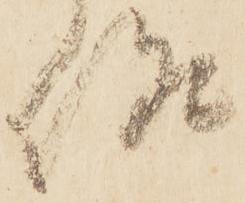
候